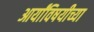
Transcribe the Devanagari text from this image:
आर्यांविषयीच्या